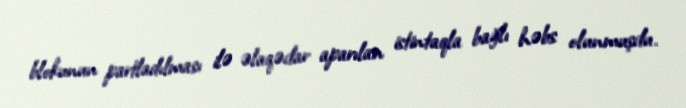
blokunun partladılması ilə əlaqədar aparılan istintaqla bağlı həbs olunmuşdu.